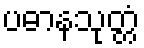
ပဓာနသုတ္တံ